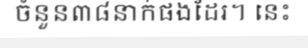
ចំនួន៣៨នាក់ផងដែរ។ នេះ